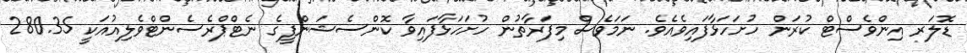
ޑޮލަރ އިންވެސްޓް ކުރަން ހުށަހަޅާފައިވެއެވެ. ނަމަވެސް މިފަރާތުން ހުށަހަޅާފައިވާ ކޮންސެޝަންފީގެ ނެޓްޕްރެސެންޓްވެލިއުއަކީ 280.35